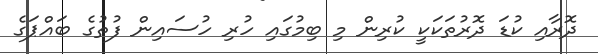
ދޮރާއި ކުޑަ ދޮރުތަކަކީ ކުރިން މި ބިމުގައި ހުރި ހުސައިން ފުތުގެ ބައްޕަގެ